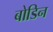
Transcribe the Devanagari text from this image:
बोडिन